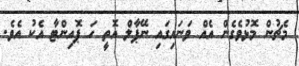
މެޗުން މޮޅުވެގެން އެއް ވަނައިގައި ނޭޕާލް އޮތީ ހަ ޕޮއިންޓާ އެކު އެވެ.